Vaccination in the Punjab 1883-1896 - 1883-1896
Year: 1883
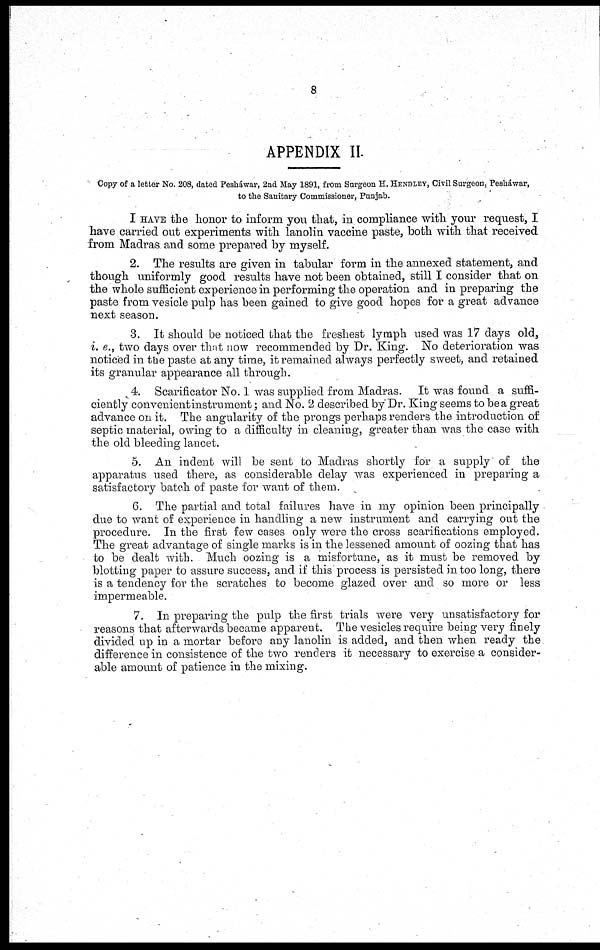
8
APPENDIX II.
Copy of a letter No. 208, dated Pesháwar, 2nd May 1891, from Surgeon H. HENDLEY, Civil Surgeon, Pesháwar,
to the Sanitary Commissioner, Punjab.
I HAVE the honor to inform you that, in compliance with your request, I
have carried out experiments with lanolin vaccine paste, both with that received
from Madras and some prepared by myself.
2. The results are given in tabular form in the annexed statement, and
though uniformly good results have not been obtained, still I consider that on
the whole sufficient experience in performing the operation and in preparing the
paste from vesicle pulp has been gained to give good hopes for a great advance
next season.
3. It should be noticed that the freshest lymph used was 17 days old,
i. e., two days over that now recommended by Dr. King. No deterioration was
noticed in the paste at any time, it remained always perfectly sweet, and retained
its granular appearance all through.
4. Scarificator No. 1 was supplied from Madras. It was found a suffi-
ciently convenientinstrument; and No. 2 described by Dr. King seems to be a great
advance on it. The angularity of the prongs perhaps renders the introduction of
septic material, owing to a difficulty in cleaning, greater than was the case with
the old bleeding lancet.
5. An indent will be sent to Madras shortly for a supply of the
apparatus used there, as considerable delay was experienced in preparing a
satisfactory batch of paste for want of them.
6. The partial and total failures have in my opinion been principally
due to want of experience in handling a new instrument and carrying out the
procedure. In the first few cases only were the cross scarifications employed.
The great advantage of single marks is in the lessened amount of oozing that has
to be dealt with. Much oozing is a misfortune, as it must be removed by
blotting paper to assure success, and if this process is persisted in too long, there
is a tendency for the scratches to become glazed over and so more or less
impermeable.
7. In preparing the pulp the first trials were very unsatisfactory for
reasons that afterwards became apparent. The vesicles require being very finely
divided up in a mortar before any lanolin is added, and then when ready the
difference in consistence of the two renders it necessary to exercise a consider-
able amount of patience in the mixing.